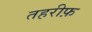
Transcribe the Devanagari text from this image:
तहरीफ़